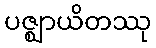
ပဇ္ဈာယိတဿု